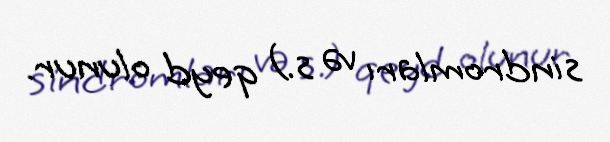
sindromları və s.) qeyd olunur.